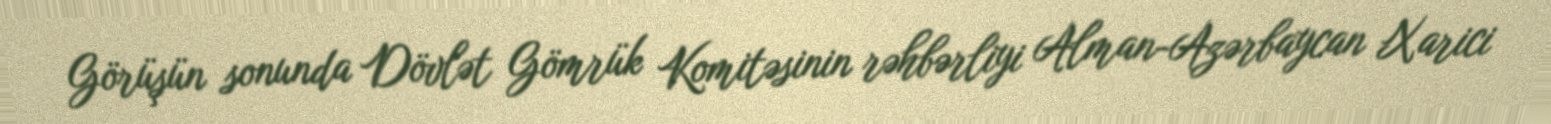
Görüşün sonunda Dövlət Gömrük Komitəsinin rəhbərliyi Alman-Azərbaycan Xarici